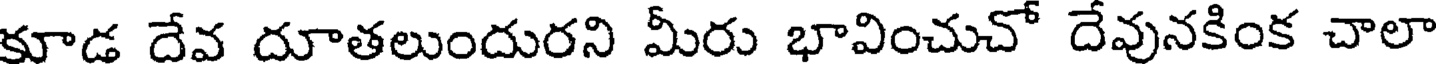
కూడ దేవ దూతలుందురని మీరు భావించుచో దేవునకింక చాలా